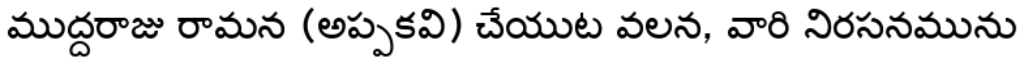
ముద్దరాజు రామన (అప్పకవి) చేయుట వలన, వారి నిరసనమును